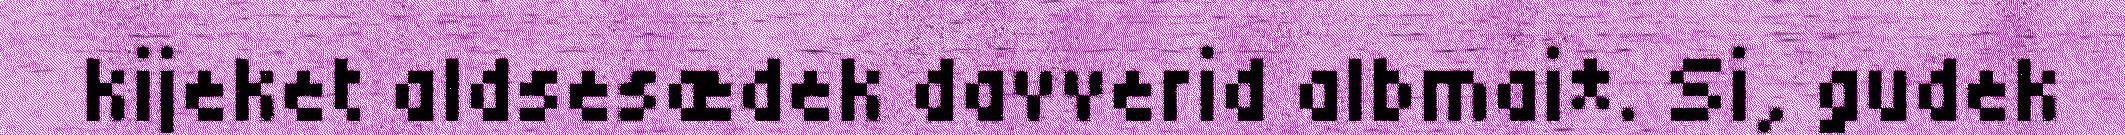
kijeket aldsesædek davverid albmai*. Si, gudek